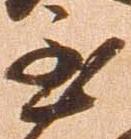
至